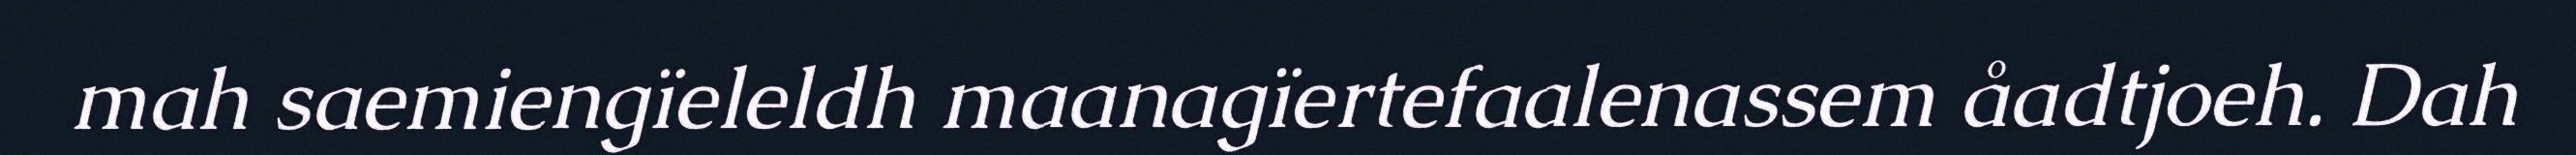
mah saemiengïeleldh maanagïertefaalenassem åadtjoeh. Dah